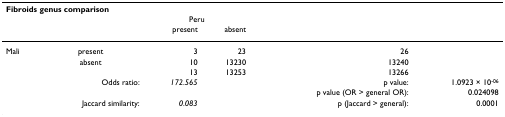
<table><thead><tr><td colspan="6"><b>Fibroids genus comparison</b></td></tr><tr><td>[EMPTY_CELL]</td><td>[EMPTY_CELL]</td><td colspan="2"><b>Peru</b></td><td>[EMPTY_CELL]</td><td>[EMPTY_CELL]</td></tr><tr><td>[EMPTY_CELL]</td><td>[EMPTY_CELL]</td><td><b>present</b></td><td><b>absent</b></td><td>[EMPTY_CELL]</td><td>[EMPTY_CELL]</td></tr></thead><tbody><tr><td>Mali</td><td>present</td><td>3</td><td>23</td><td>26</td><td>[EMPTY_CELL]</td></tr><tr><td>[EMPTY_CELL]</td><td>absent</td><td>10</td><td>13230</td><td>13240</td><td>[EMPTY_CELL]</td></tr><tr><td>[EMPTY_CELL]</td><td>[EMPTY_CELL]</td><td>13</td><td>13253</td><td>13266</td><td>[EMPTY_CELL]</td></tr><tr><td>[EMPTY_CELL]</td><td>Odds ratio:</td><td><i>172.565</i></td><td>[EMPTY_CELL]</td><td>p value:</td><td>1.0923 × 10<sup>-06</sup></td></tr><tr><td>[EMPTY_CELL]</td><td>[EMPTY_CELL]</td><td>[EMPTY_CELL]</td><td>[EMPTY_CELL]</td><td>p value (OR &gt; general OR):</td><td>0.024098</td></tr><tr><td>[EMPTY_CELL]</td><td>Jaccard similarity:</td><td><i>0.083</i></td><td>[EMPTY_CELL]</td><td>p (Jaccard &gt; general):</td><td>0.0001</td></tr></tbody></table>